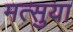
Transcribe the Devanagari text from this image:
मत्सुया